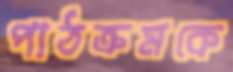
পাঠক্রমকে